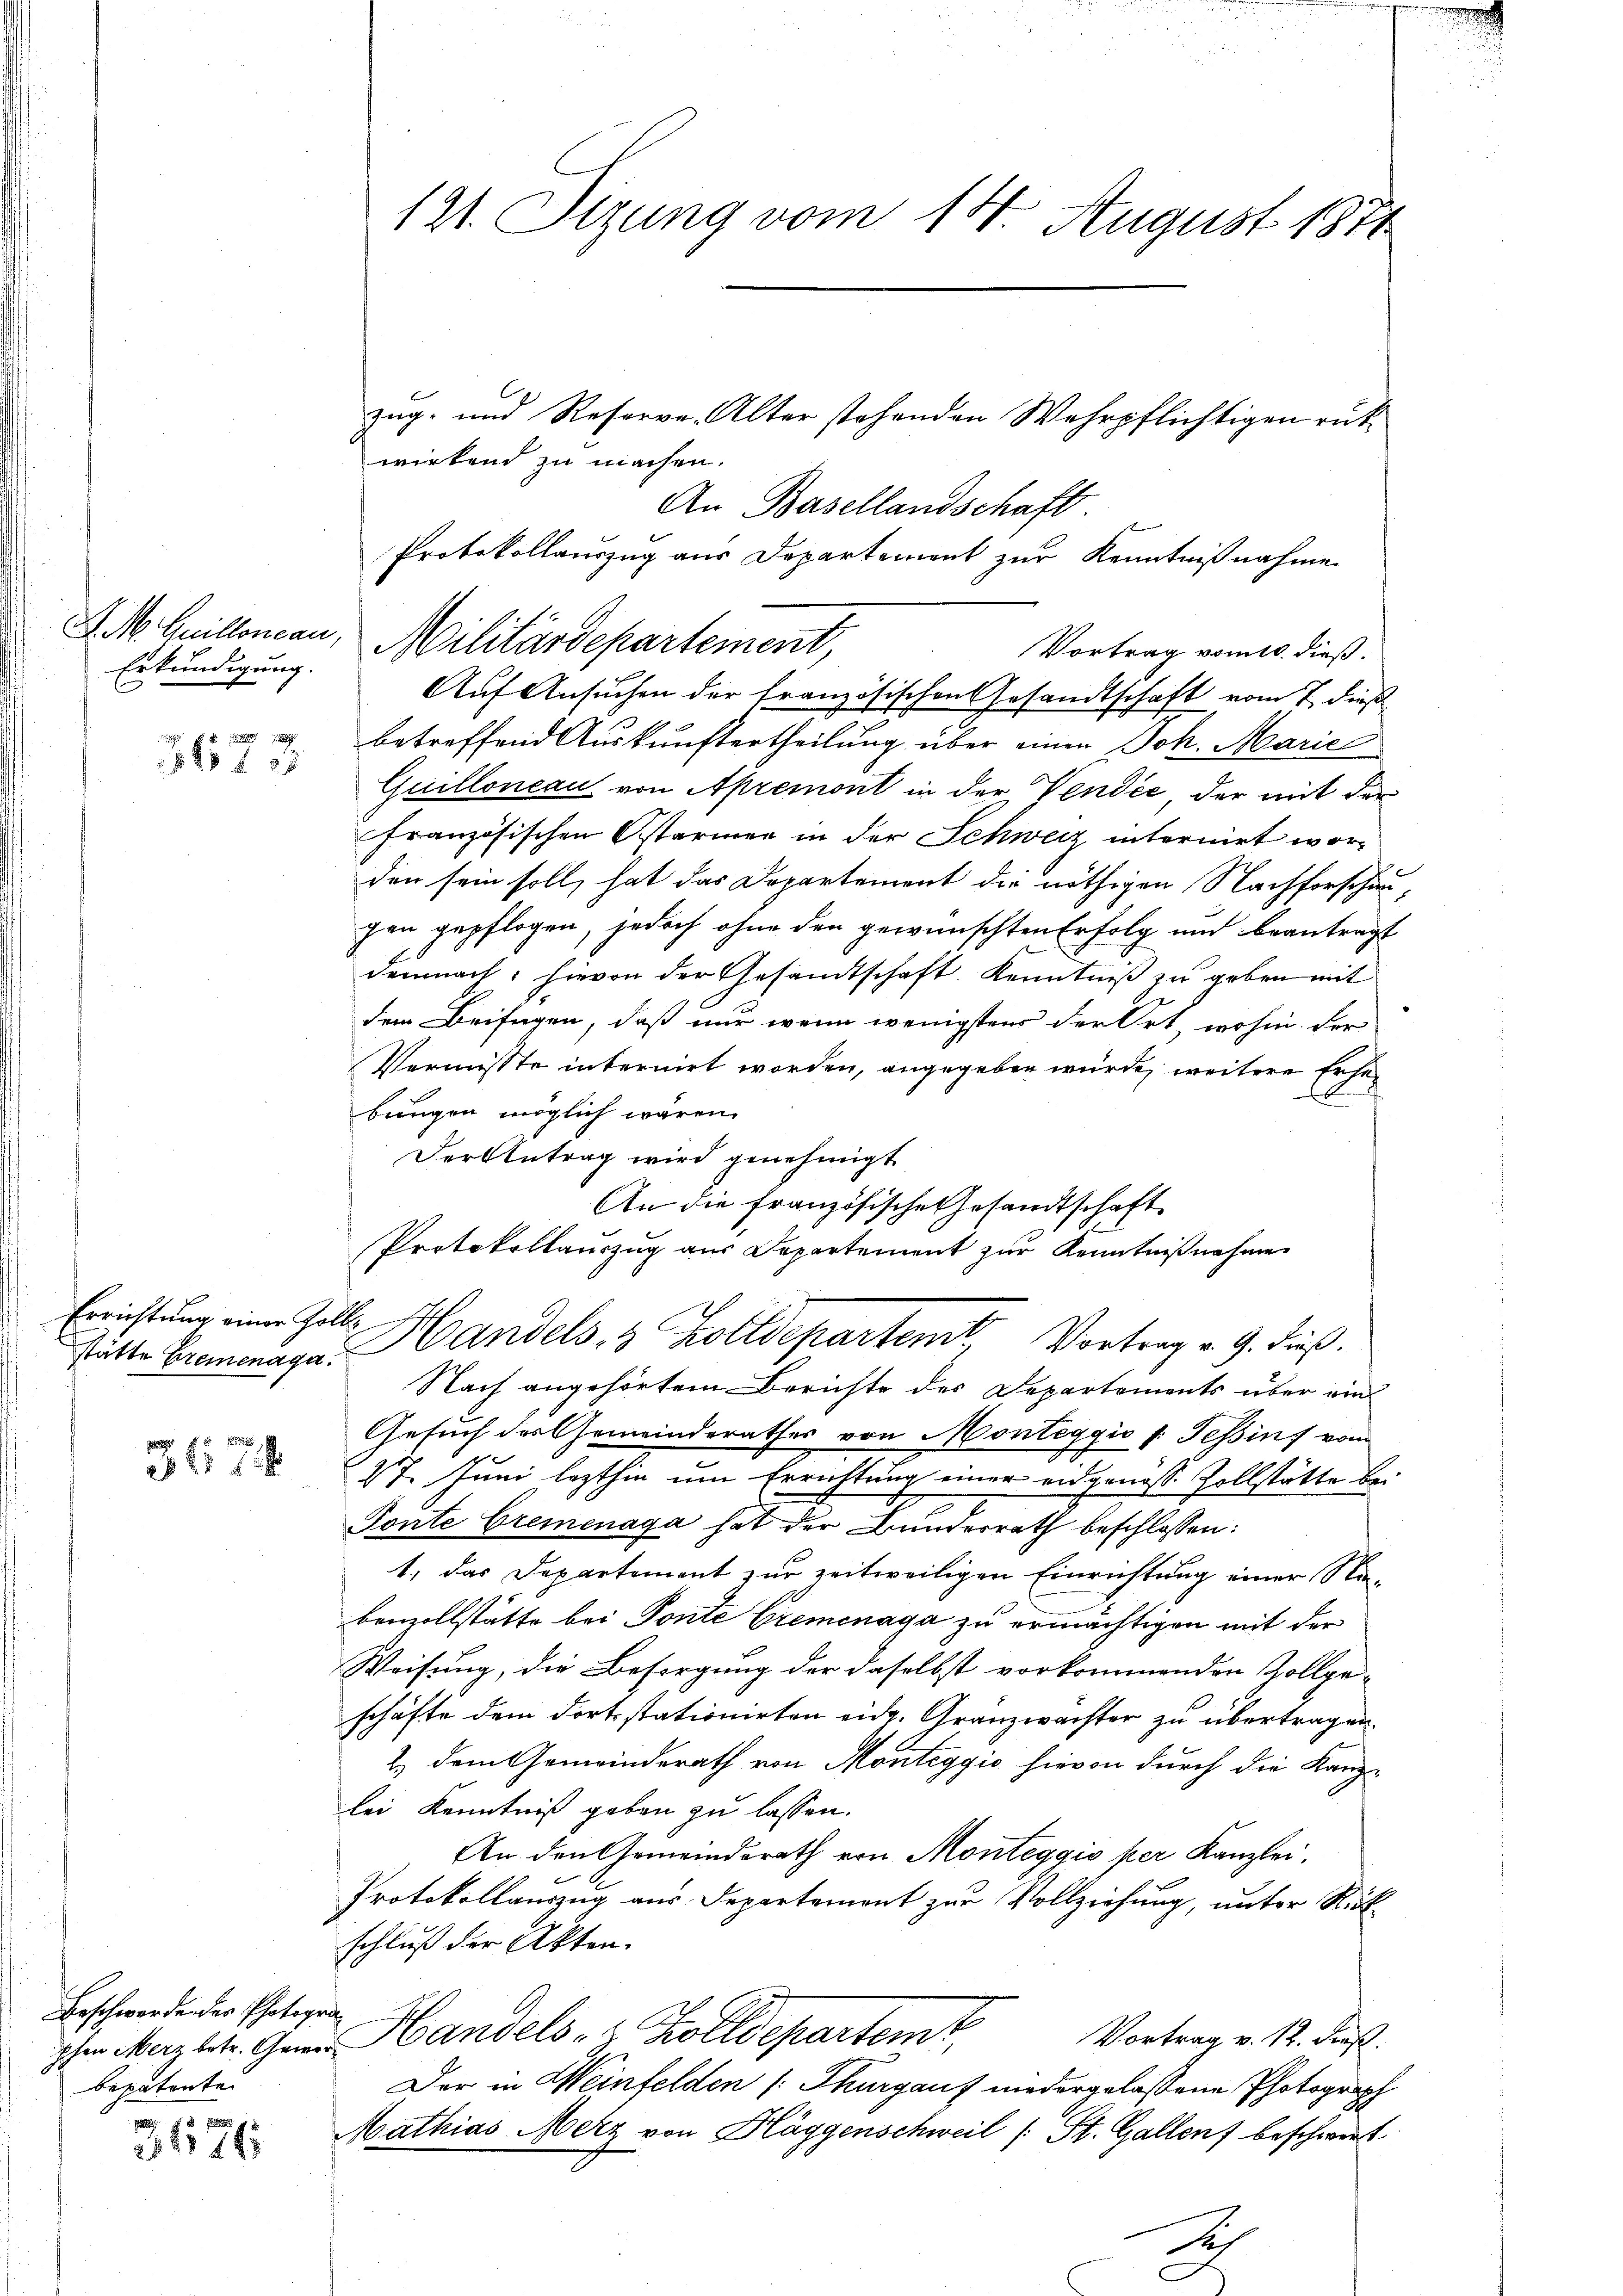
J. M. Quilloneau,
Erkundigung.

3673.

stätte Bremenage.

317

Beschwerden der Photoge
pchen Merz betr. Gewebepatente

3617

zug- und Reserve. Alter stehenden Wehrpflichtigen rükwirkend zu machen.
An Basellandschaft
Protokollauszug aus Departement zur Kenntnißnahme
Militärdepartement,
Auf Ansuchen der französischen Gesandtschaft vom 7. dieß
betreffend Auskunftertheilung über einen Joh. Marie
Quilloneau von Apremont in der Vendée, der mit der
französischen Ostarmen in der Schweiz internirt worden sein soll, hat das Departement die nöthigen Nachforschau-
gen gepflogen, jedoch ohne den gewünschten Erfolg und beantragt
demnach, hievon der Gesandtschaft. Kenntniß zu geben mit
dem Beifügen, daß nur wenn wenigstens der Ort, wohin der
Vermisste internirt worden, angegeben würde, weitere Erhe¬
.
bungen möglich waren.
Der Antrag wird genehmigt
An die französische Gesandtschaft
Protokollauszug aus Departement zur Kenntnißnahme
Errichtung einer Zolle Handels- & Zolldepartem Vortrag v. 9. dieß.
Nach angehörtem Berichte des Departements über ein
Gesuch des Gemeinderathes von Monteggio v. Tessin vom
27. Juni lezthin um Errichtung einer eidgenösse Zollstätte Er
Tonte Cremenaga hat der Bundesrath beschlossen:
1) das Departement zur zeitweiligen Einrichtung einer Nabenzollstätte bei Ponte Cremenaga zu ermächtigen mit der
Weisung, die Besorgung der daselbst vorkommenden Zollge-
schäfte dem Fortsstationirten eidg. Granzwachter zu übertragen.
2.) dem Gemeinderath von Monteggio hievon durch die Kanz-
lei Kenntniß geben zu lassen.
An den Gemeinderath von Monteggio ker Kanzlei.
Protokollauszug aus Departement zur Vollziehung, unter Rück
schluß der Akten.
Handels- & Zolldepartem Vortrag v. M. dieß.
Der in Weinfelden (Thurgauf niedergelassene Photograph
Mathias Merz von Häggenschweil (St. Gallen beschwert.
1

121. Sizung vom 14. August 1871

Vortrag vom 10. dieß.